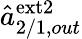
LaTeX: \hat{a}_{2/1,out}^{\mathrm{ext2}}